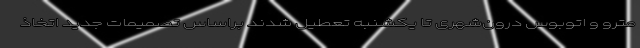
مترو و اتوبوس درون‌شهری تا یکشنبه تعطیل شدند براساس تصمیمات جدید اتخاذ